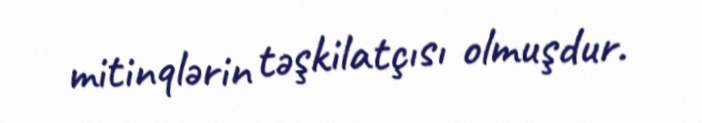
mitinqlərin təşkilatçısı olmuşdur.